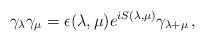
LaTeX: \begin{align*}\gamma_\lambda\gamma_\mu=\epsilon(\lambda,\mu)e^{iS(\lambda,\mu)}\gamma_{\lambda+\mu}\,,\end{align*}